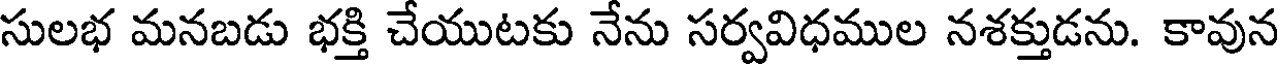
సులభ మనబడు భక్తి చేయుటకు నేను సర్వవిధముల నశక్తుడను. కావున